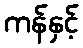
ကန်နှင့်